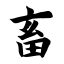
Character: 畜